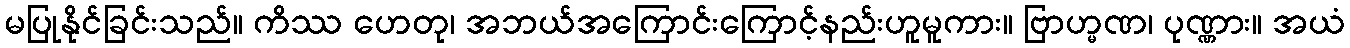
မပြုနိုင်ခြင်းသည်။ ကိဿ ဟေတု၊ အဘယ်အကြောင်းကြောင့်နည်းဟူမူကား။ ဗြာဟ္မဏ၊ ပုဏ္ဏား။ အယံ